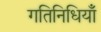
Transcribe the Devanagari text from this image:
गतिनिधियाँ